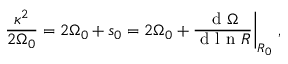
\frac { \kappa ^ { 2 } } { 2 { \Omega } _ { 0 } } = 2 { \Omega } _ { 0 } + s _ { 0 } = 2 { \Omega } _ { 0 } + \frac { \mathrm { ~ d ~ } { \Omega } } { \mathrm { ~ d ~ l ~ n ~ } R } \bigg | _ { R _ { 0 } } \; ,